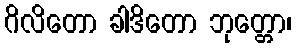
ဂိလိတော ခါဒိတော ဘုတ္တော၊